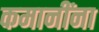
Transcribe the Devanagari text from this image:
कमानींना